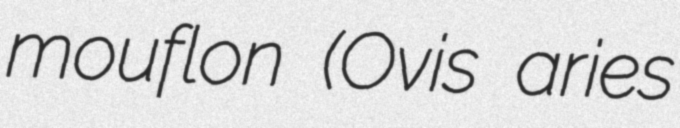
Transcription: mouflon (Ovis aries